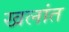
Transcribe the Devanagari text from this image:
खलांत